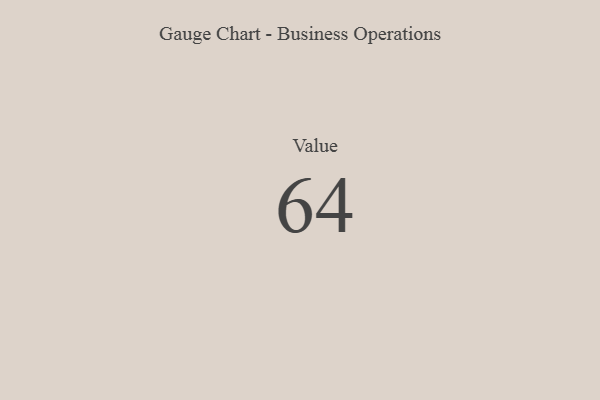
{"axis": {"x": "Metric", "y": "Value"}, "legend": [""], "data": [{"x": "Value", "y": 64, "type": ""}]}